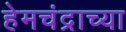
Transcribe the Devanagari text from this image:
हेमचंद्राच्या